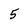
Character: 5